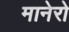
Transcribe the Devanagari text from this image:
मानेरो